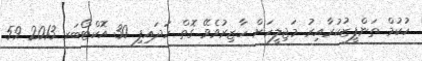
ހުކުމް ތަންފީޒުކުރާއިރު މަޖިލީހަށް ހާޒިރުވެވޭ ގޮތް ހަދައިފި 30 އޮކްޓޯބަރ 2013 59